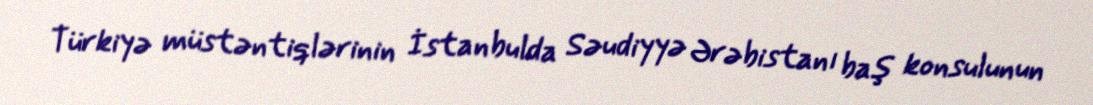
Türkiyə müstəntiqlərinin İstanbulda Səudiyyə Ərəbistanı baş konsulunun